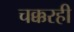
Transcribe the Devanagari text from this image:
चक्करही